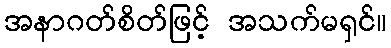
အနာဂတ်စိတ်ဖြင့် အသက်မရှင်။